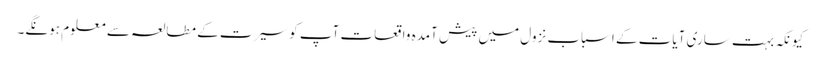
کیونکہ بہت ساری آیات کے اسباب نزول میں پیش آمدہ واقعات آپ کو سیرت کے مطالعہ سے معلوم ہونگے۔